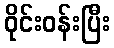
ဝိုင်းဝန်းပြီး